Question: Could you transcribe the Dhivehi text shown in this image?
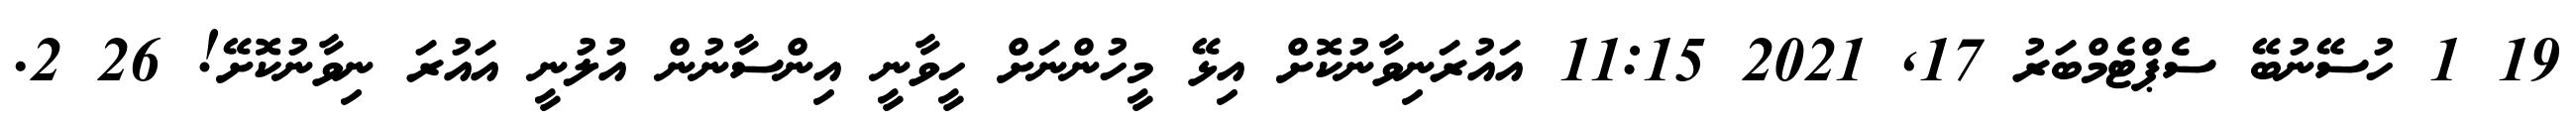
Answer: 19 1 ހުސޭނުބޭ ސެޕްޓެމްބަރު 17, 2021 11:15 އައުރަނިވާނުކޮށް އިޅޭ މީހުންނަށް ހީވާނީ އިންސާނުން އުލުނީ އައުރަ ނިވާނުކޮށޭ! 26 2.